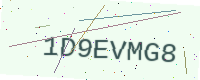
Text: 1D9EVMG8